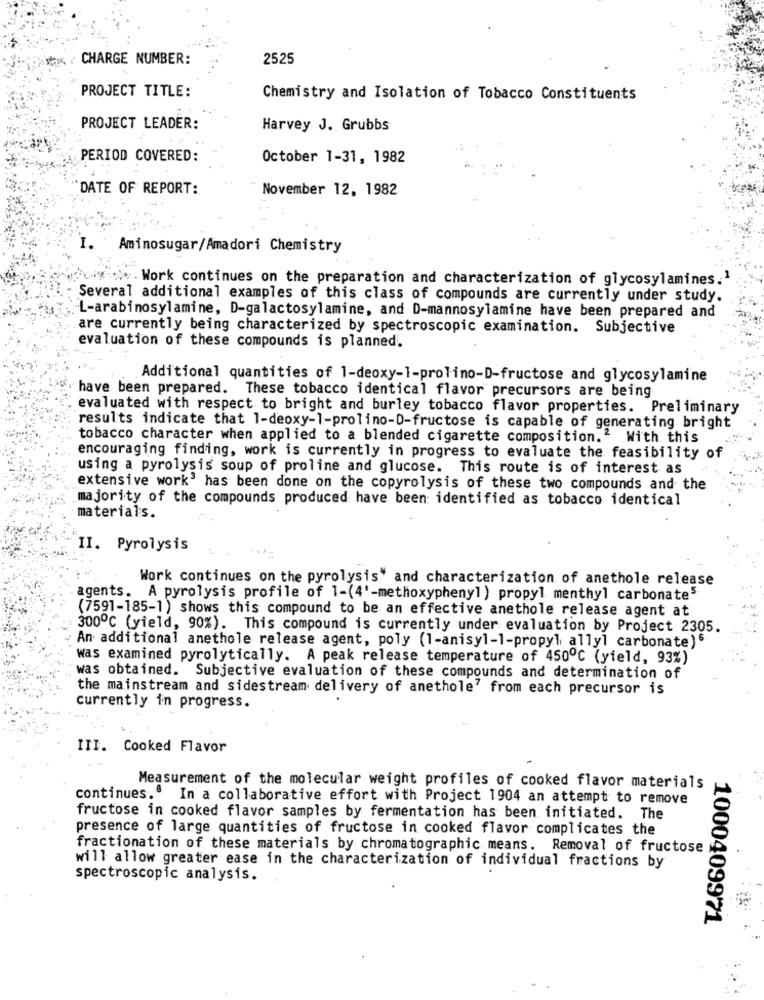
CHARGE NUMBER:
2525
PROJECT TITLE:
Chemistry and Isolation of Tobacco Constituents
PROJECT LEADER:
Harvey J. Grubbs
PERIOD COVERED:
October 1-31, 1982
DATE OF REPORT:
November 12, 1982
I.
Aminosugar/Amadori Chemistry
. Work continues on the preparation and characterization of glycosylamines.1
Several additional examples of this class of compounds are currently under study.
L-arabinosylamine, D-galactosylamine, and D-mannosylamine have been prepared and
are currently being characterized by spectroscopic examination. Subjective
evaluation of these compounds is planned.
Additional quantities of 1-deoxy-1-prolino-D-fructose and glycosylamine
have been prepared. These tobacco identical flavor precursors are being
evaluated with respect to bright and burley tobacco flavor properties. Preliminary
results indicate that 1-deoxy-1-prolino-D-fructose is capable of generating bright
tobacco character when applied to a blended cigarette composition.2 With this
encouraging finding, work is currently in progress to evaluate the feasibility of
using a pyrolysis soup of proline and glucose. This route is of interest as
extensive work3 has been done on the copyrolysis of these two compounds and the
majority of the compounds produced have been identified as tobacco identical
materials.
II. Pyrolysis
Work continues on the pyrolysis" and characterization of anethole release
agents. A pyrolysis profile of 1-(4'-methoxyphenyl ) propyl menthyl carbonates
(7591-185-1) shows this compound to be an effective anethole release agent at
3000℃ (yield, 90%). This compound is currently under evaluation by Project 2305.
An additional anethole release agent, poly (1-anisyl-1-propyl, ally] carbonate)6
was examined pyrolytically. A peak release temperature of 4500℃ (yield, 93%)
was obtained. Subjective evaluation of these compounds and determination of
the mainstream and sidestream delivery of anethole' from each precursor is
currently in progress.
III. Cooked Flavor
Measurement of the molecular weight profiles of cooked flavor materials
continues.º In a collaborative effort with Project 1904 an attempt to remove
fructose in cooked flavor samples by fermentation has been initiated. The
presence of large quantities of fructose in cooked flavor complicates the
fractionation of these materials by chromatographic means. Removal of fructose
will allow greater ease in the characterization of individual fractions by
spectroscopic analysis.
1000409971